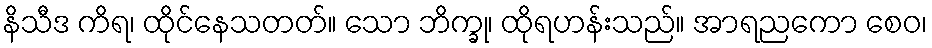
နိသီဒ ကိရ၊ ထိုင်နေသတတ်။ သော ဘိက္ခု၊ ထိုရဟန်းသည်။ အာရညကော စေဝ၊